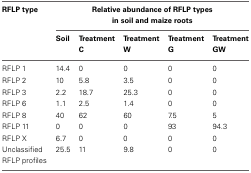
<table><thead><tr><td><b>RFLP type</b></td><td colspan="5"><b>Relative abundance of RFLP types in soil and maize roots</b></td></tr><tr><td></td><td><b>Soil</b></td><td><b>Treatment C</b></td><td><b>Treatment W</b></td><td><b>Treatment G</b></td><td><b>Treatment GW</b></td></tr></thead><tbody><tr><td>RFLP 1</td><td>14.4</td><td>0</td><td>0</td><td>0</td><td>0</td></tr><tr><td>RFLP 2</td><td>10</td><td>5.8</td><td>3.5</td><td>0</td><td>0</td></tr><tr><td>RFLP 3</td><td>2.2</td><td>18.7</td><td>25.3</td><td>0</td><td>0</td></tr><tr><td>RFLP 6</td><td>1.1</td><td>2.5</td><td>1.4</td><td>0</td><td>0</td></tr><tr><td>RFLP 8</td><td>40</td><td>62</td><td>60</td><td>7.5</td><td>5</td></tr><tr><td>RFLP 11</td><td>0</td><td>0</td><td>0</td><td>93</td><td>94.3</td></tr><tr><td>RFLP X</td><td>6.7</td><td>0</td><td>0</td><td>0</td><td>0</td></tr><tr><td>Unclassified RFLP profiles</td><td>25.5</td><td>11</td><td>9.8</td><td>0</td><td>0</td></tr></tbody></table>